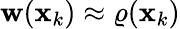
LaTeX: \mathbf{w}(\mathbf{{x}}_{k})\approx\varrho(\mathbf{{x}}_{k})